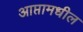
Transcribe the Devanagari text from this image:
आप्तामधील